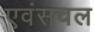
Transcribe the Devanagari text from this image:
एवंसचल